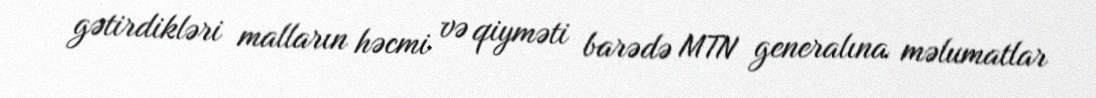
gətirdikləri malların həcmi və qiyməti barədə MTN generalına məlumatlar